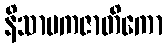
နိသာမကဇာတိကော